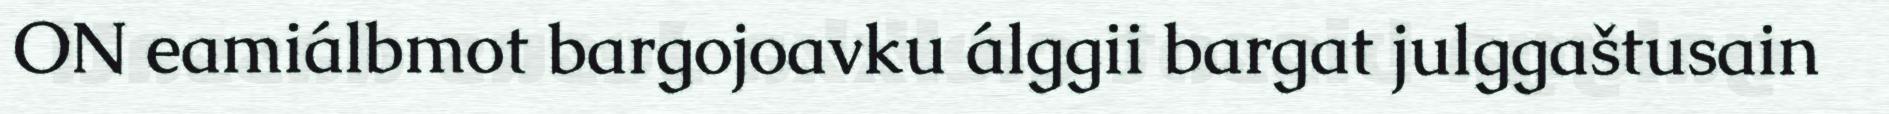
ON eamiálbmot bargojoavku álggii bargat julggaštusain